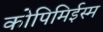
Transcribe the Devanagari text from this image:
कोपिमिईस्म